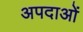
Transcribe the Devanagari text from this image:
अपदाओं